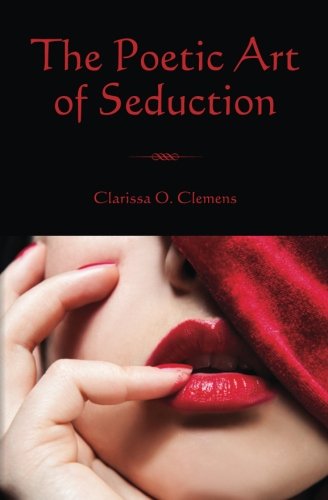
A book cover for The Poetic Art of Seduction; Clarissa O. Clemens; Romance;